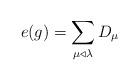
LaTeX: \begin{align*} e(g)=\sum_{\mu \triangleleft \lambda} D_{\mu} \end{align*}